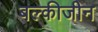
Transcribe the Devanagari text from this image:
बल्कीजीन